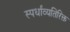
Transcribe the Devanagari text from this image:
स्पर्धांव्यतिरिक्त